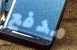
مدفع